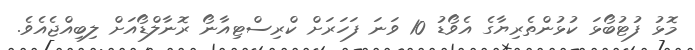
މޮޅު ފުޓުބޯޅަ ކުޅުންތެރިޔާގެ އެވޯޑު 10 ވަނަ ފަހަރަށް ކްރިސްޓިއާނޯ ރޮނާލްޑޯއަށް ލިބިއްޖެއެވެ.